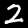
Digit: 2